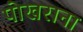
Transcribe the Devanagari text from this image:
पोखराना